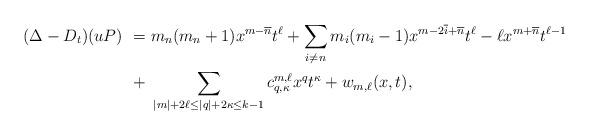
LaTeX: \begin{align*}(\Delta - D_t)(uP)\ =\ & m_n (m_{n}+1)x^{m-\overline{n}} t^\ell + \sum_{i \neq n} m_i (m_i - 1) x^{m - 2 \overline{i} + \overline{n}} t^\ell - \ell x^{m+ \overline{n}} t^{\ell-1}\\ +\ & \sum_{|m| + 2\ell \leq |q| + 2\kappa \leq k-1} c^{m ,\ell}_{q,\kappa} x^q t^\kappa + w_{m,\ell}(x,t),\end{align*}